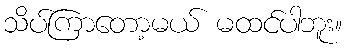
သိပ်ကြာတော့မယ် မထင်ပါဘူး။